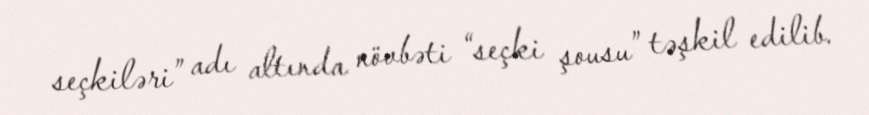
seçkiləri” adı altında növbəti “seçki şousu” təşkil edilib.